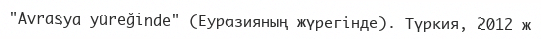
"Avrasya yüreğinde" (Еуразияның жүрегінде). Түркия, 2012 ж